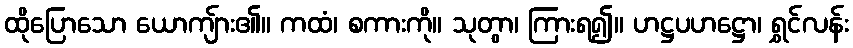
ထိုပြောသော ယောကျ်ား၏။ ကထံ၊ စကားကို။ သုတွာ၊ ကြားရ၍။ ဟဋ္ဌပဟဋ္ဌော၊ ရွှင်လန်း